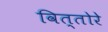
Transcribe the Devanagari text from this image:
वित्तोरे